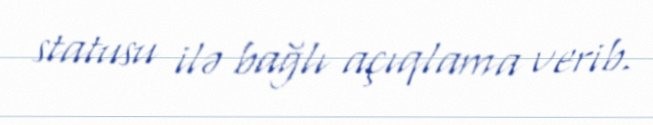
statusu ilə bağlı açıqlama verib.